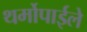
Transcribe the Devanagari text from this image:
थर्मोपाईले